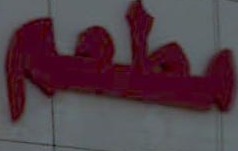
مطعم